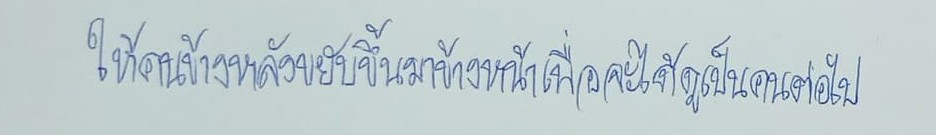
ให้คนข้างหลังขยับขึ้นมาข้างหน้าเพื่อจะได้ดูเป็นคนต่อไป